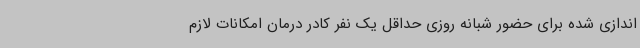
اندازی شده برای حضور شبانه روزی حداقل یک نفر کادر درمان امکانات لازم